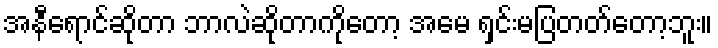
အနီရောင်ဆိုတာ ဘာလဲဆိုတာကိုတော့ အမေ ရှင်းမပြတတ်တော့ဘူး။